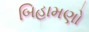
બિહામણો